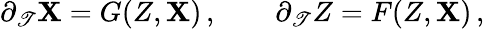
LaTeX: \partial_{\mathscr{T}}\mathbf{X}=G(Z,\mathbf{X})\, ,\qquad\partial_{\mathscr{T}}Z=F(Z,\mathbf{X})\, ,